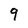
Character: 9